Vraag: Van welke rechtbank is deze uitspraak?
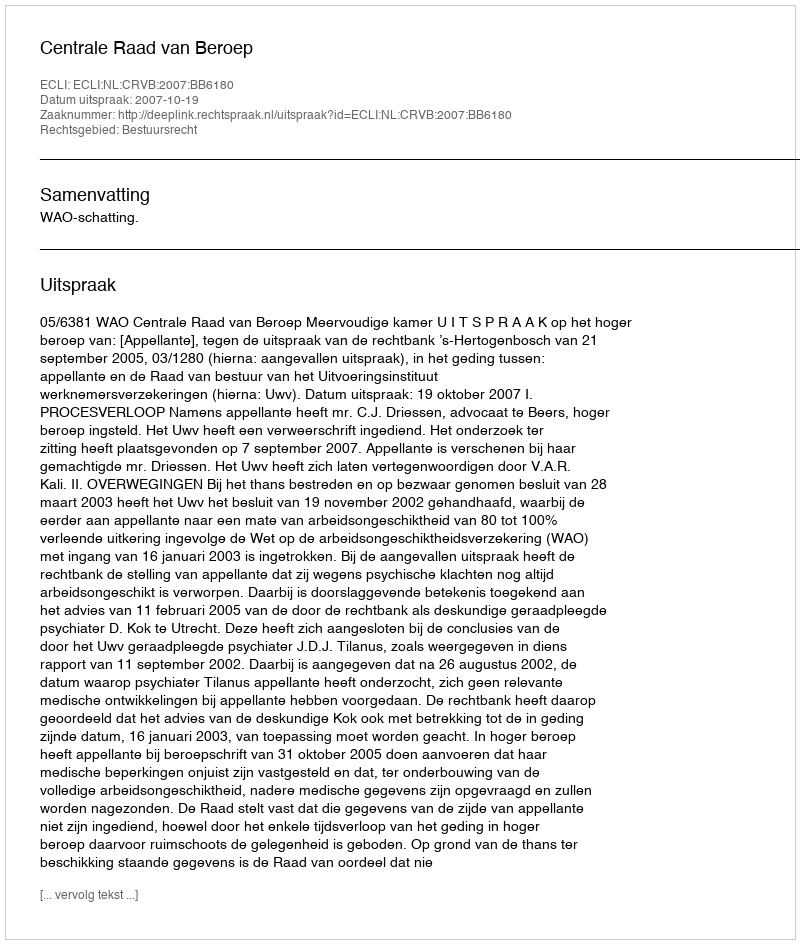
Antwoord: Centrale Raad van Beroep